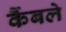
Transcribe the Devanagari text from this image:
कैंबले